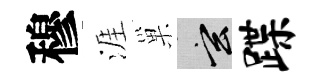
穆涯巢玄蹀